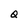
Character: Q